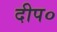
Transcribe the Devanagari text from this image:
दीप०